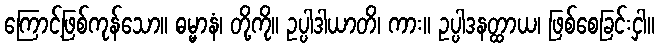
ကြောင့်ဖြစ်ကုန်သော။ ဓမ္မာနံ၊ တို့ကို။ ဥပ္ပါဒါယာတိ၊ ကား။ ဥပ္ပါဒနတ္ထာယ၊ ဖြစ်စေခြင်းငှါ။